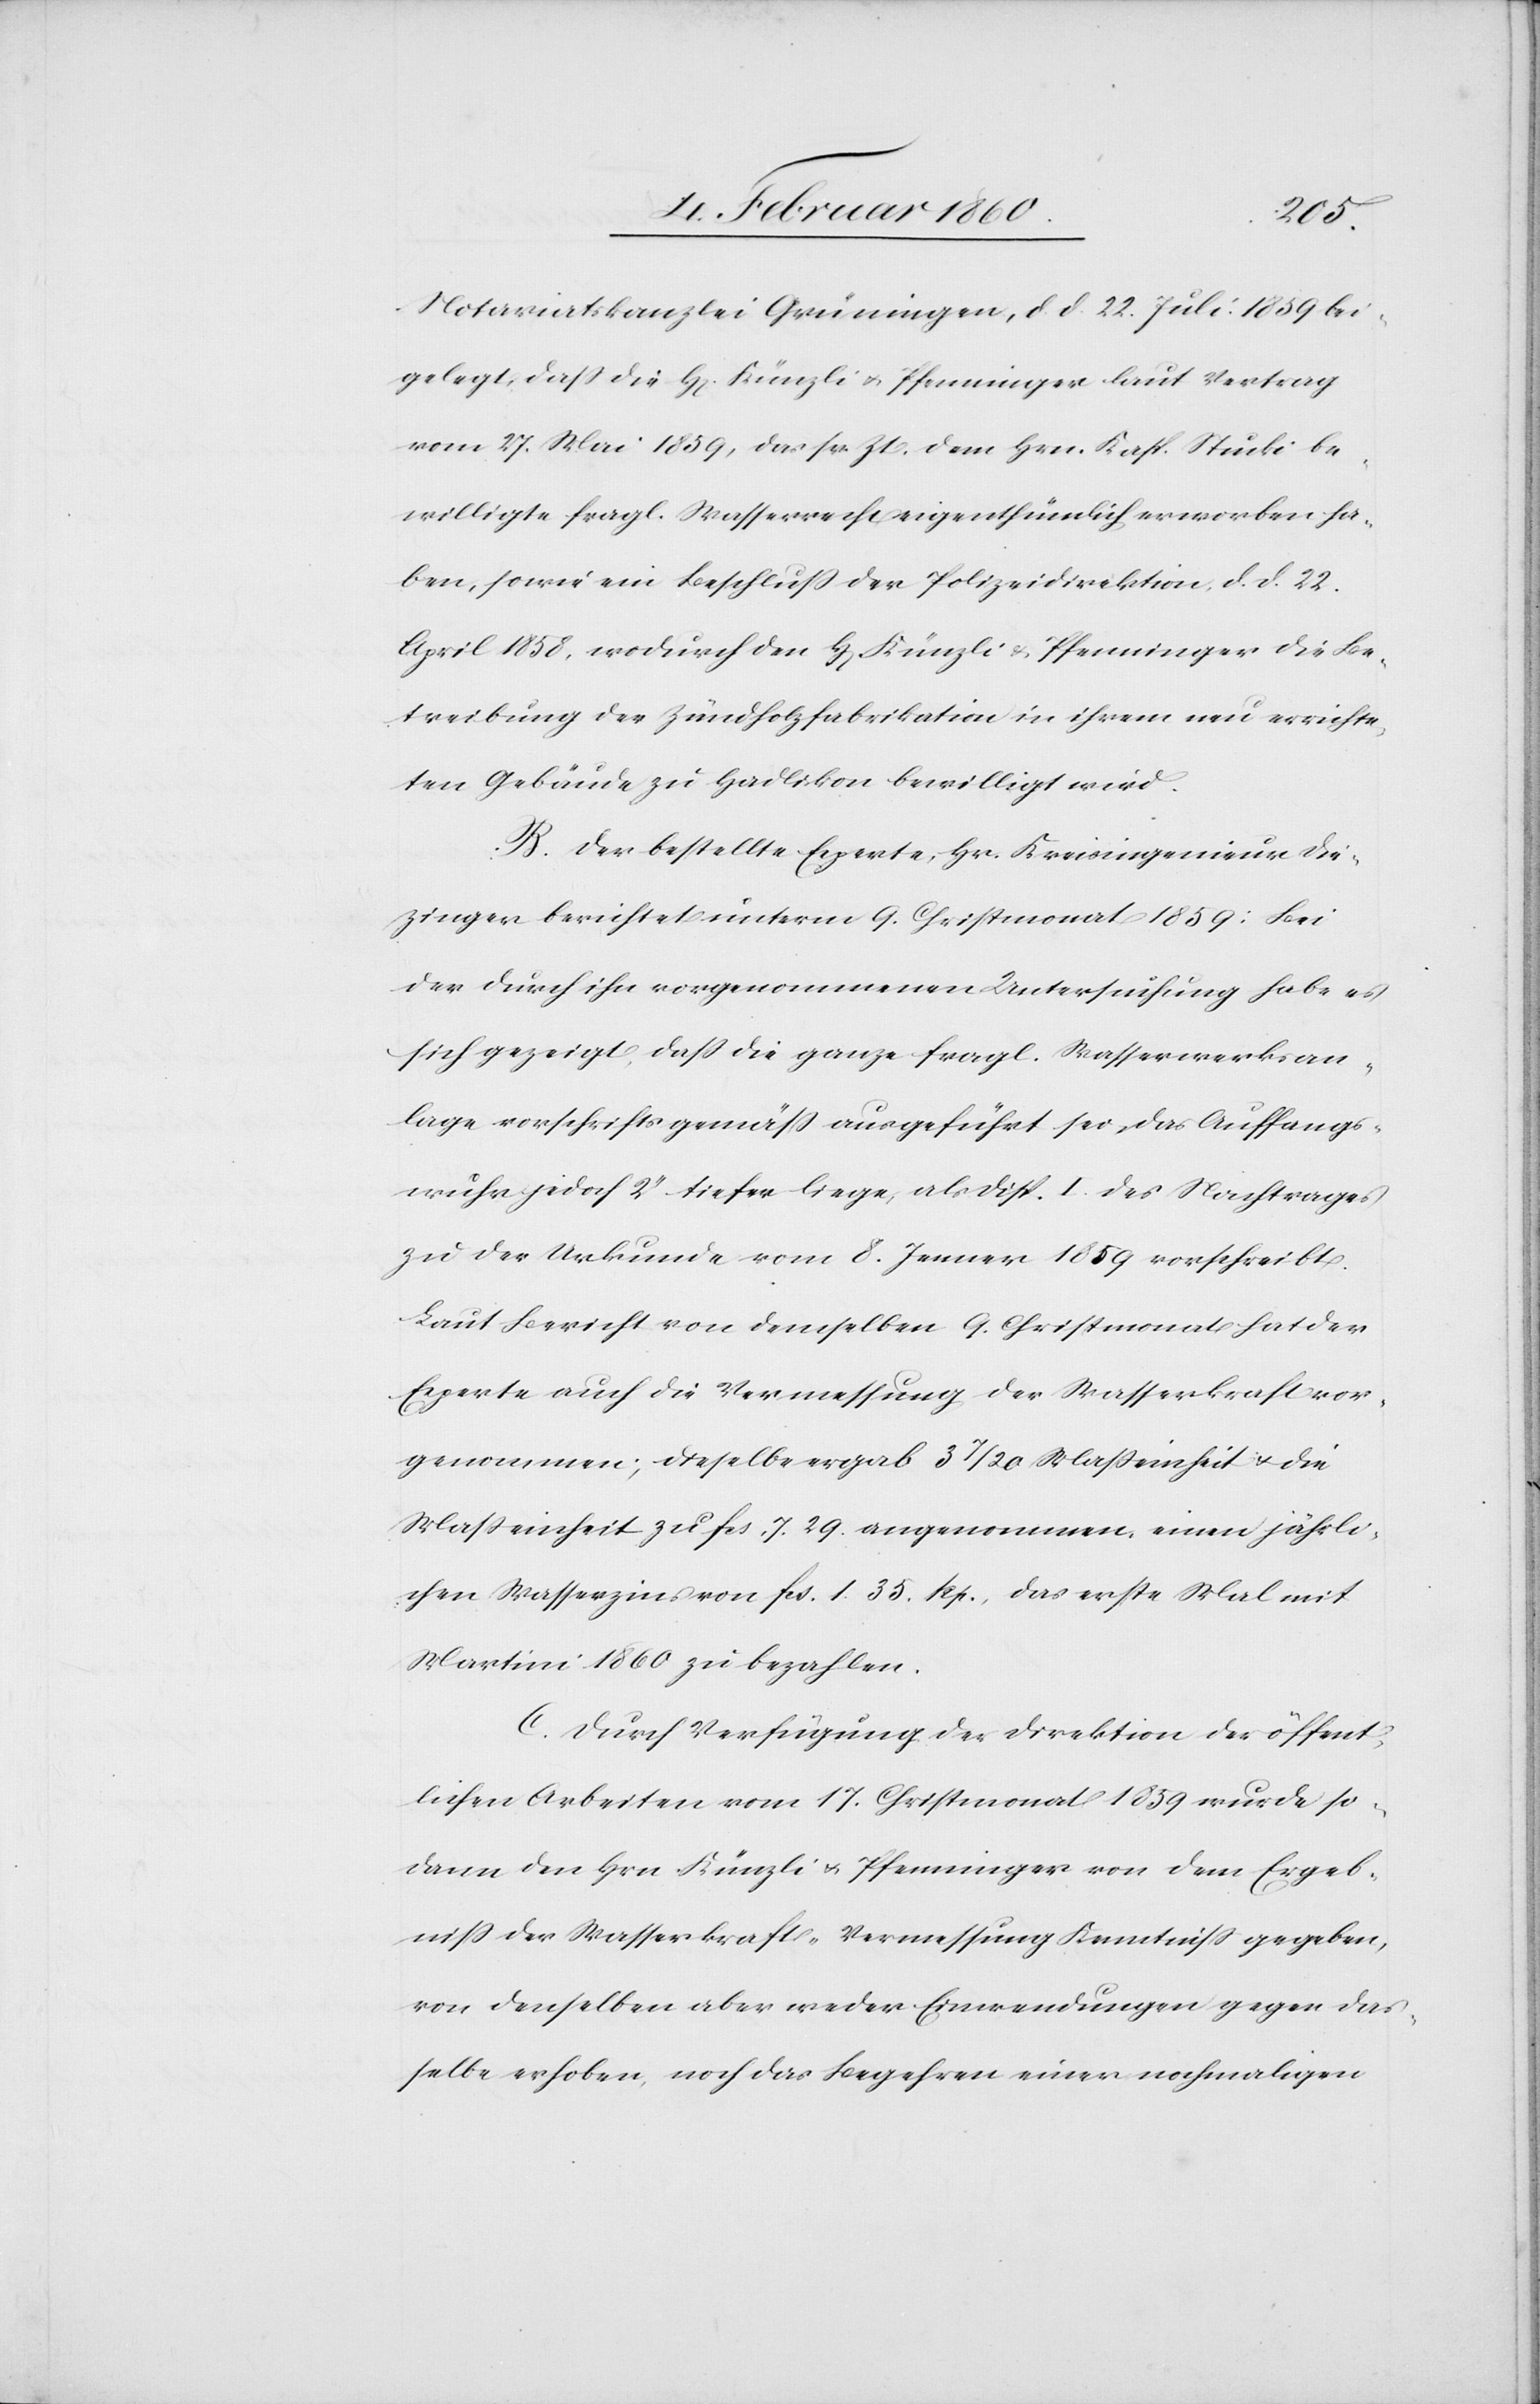
Notariatskanzlei Grüningen, d. d. 22. Juli 1859 bei¬
gelegt, dass die H. Künzli u. Pfenninger laut Vertrag
vom 27. Mai 1859, das sr. Zt. dem Hrn. Kaps. Stucki be¬
willigte fragl. Wasserrecht eigenthümlich erworben ha¬
ben, so wie ein Beschluss der Polizeidirektion, d. d. 22.
April 1858, wodurch den H. Künzli u. Pfenninger die Be¬
treibung der Zündholzfabrikation in ihrem neu errichte¬
ten Gebäude zu Hadlikon bewilligt wird.
B. Der bestellte Experte, Hr. Kreisingenieur Die¬
zinger berichtetet unterm 9. Christmonat 1859: Bei
der durch ihn vorgenommenen Untersuchung habe es
sich gezeigt, dass die ganze fragl. Wasserwerksan¬
lage vorschriftsgemäss ausgeführt sei, das Auffangs¬
wuhr jedoch 2’’ tiefer liege, als Disp. I. des Nachtrage¬
s der Urkunde vom 8. Jenner 1859 vorschreibt.
Laut Bericht von demselben 9. Christmonat hat der
Experte auch die Vermessung der Wasserkraft vor¬
genommen; dieselbe ergab 3 7/20 Masseinheit u. die
Masseinheit zu fcs. 7. 29. angenommen, einen jährli¬
chen Wasserzins von fcs. 1. 35. Rp., das erste Mal mit
Martini 1860. bezahlen.
C. Durch Verfügung der Direktion der öffent¬
lichen Arbeiten vom 17. Christmonat 1859 wurde so¬
dann den Hrn. Künzli u. Pfenninger von dem Ergeb¬
niss der Wasserkraft-Vermessung Kenntniß gegeben,
von denselben aber weder Einwendungen gegen das¬
selbe erhoben, noch das Begehren einer nochmaligen